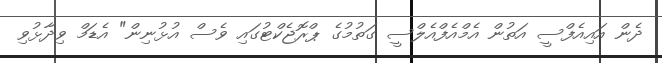
ދެން އައިއެފްސީ އަތުން އެމްއެފްއެލްސީ ގަތުމުގެ ޕްރޮޖެކްޓުގައި ވެސް އުޅުނިން" އެޑަމް ވިދާޅުވި